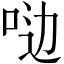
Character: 𫩸